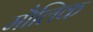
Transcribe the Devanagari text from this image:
माैलिक